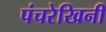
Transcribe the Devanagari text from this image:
पंचरेखिनी